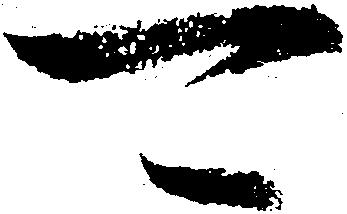
可